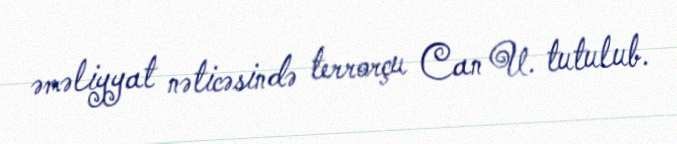
əməliyyat nəticəsində terrorçu Can U. tutulub.